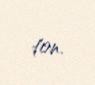
ton.